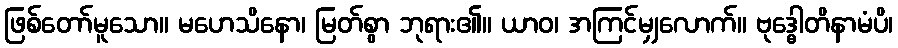
ဖြစ်တော်မူသော။ မဟေသိနော၊ မြတ်စွာ ဘုရား၏။ ယာဝ၊ အကြင်မျှလောက်။ ဗုဒ္ဓေါတိနာမံပိ၊